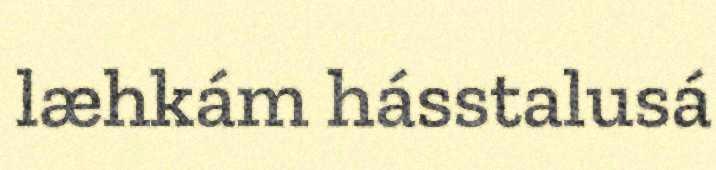
læhkám hásstalusá